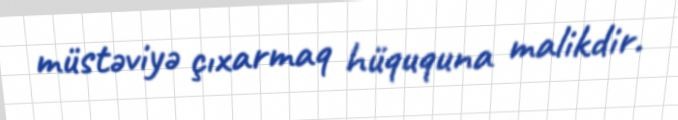
müstəviyə çıxarmaq hüququna malikdir.